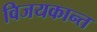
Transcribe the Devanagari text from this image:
विजयकान्त